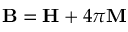
\mathbf { B } = \mathbf { H } + 4 \pi \mathbf { M }